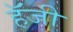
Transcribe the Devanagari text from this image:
हॅजी